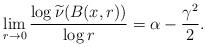
LaTeX: \begin{align*}\lim_{r\to 0} \frac{\log \widetilde{\nu}(B(x,r))}{\log r}= \alpha-\frac{\gamma^2}{2}.\end{align*}